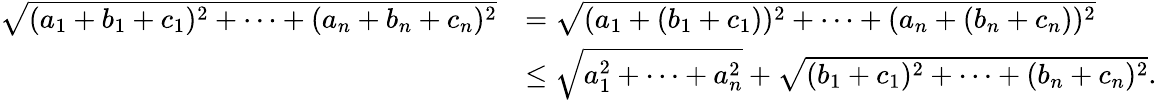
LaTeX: \begin{array}{rl}{\sqrt{(a_{1}+b_{1}+c_{1})^{2}+\cdots+(a_{n}+b_{n}+c_{n})^{2}}}&{=\sqrt{(a_{1}+(b_{1}+c_{1}))^{2}+\cdots+(a_{n}+(b_{n}+c_{n}))^{2}}}\\ &{\leq\sqrt{a_{1}^{2}+\cdots+a_{n}^{2}}+\sqrt{(b_{1}+c_{1})^{2}+\cdots+(b_{n}+c_{n})^{2}}.}\end{array}